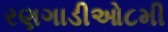
રણગાડીઓ૮મી